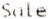
SALE